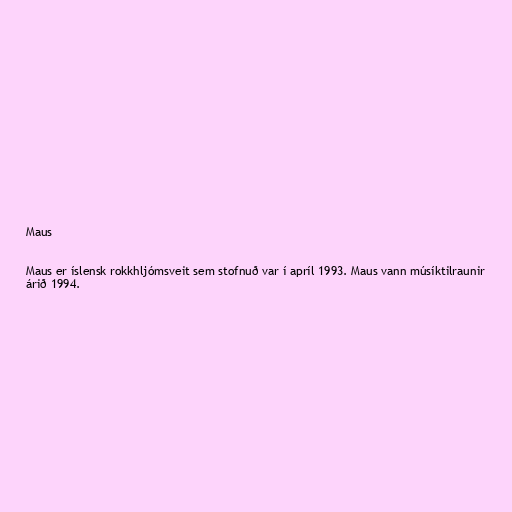
Maus

Maus er íslensk rokkhljómsveit sem stofnuð var í apríl 1993. Maus vann músíktilraunir
árið 1994.